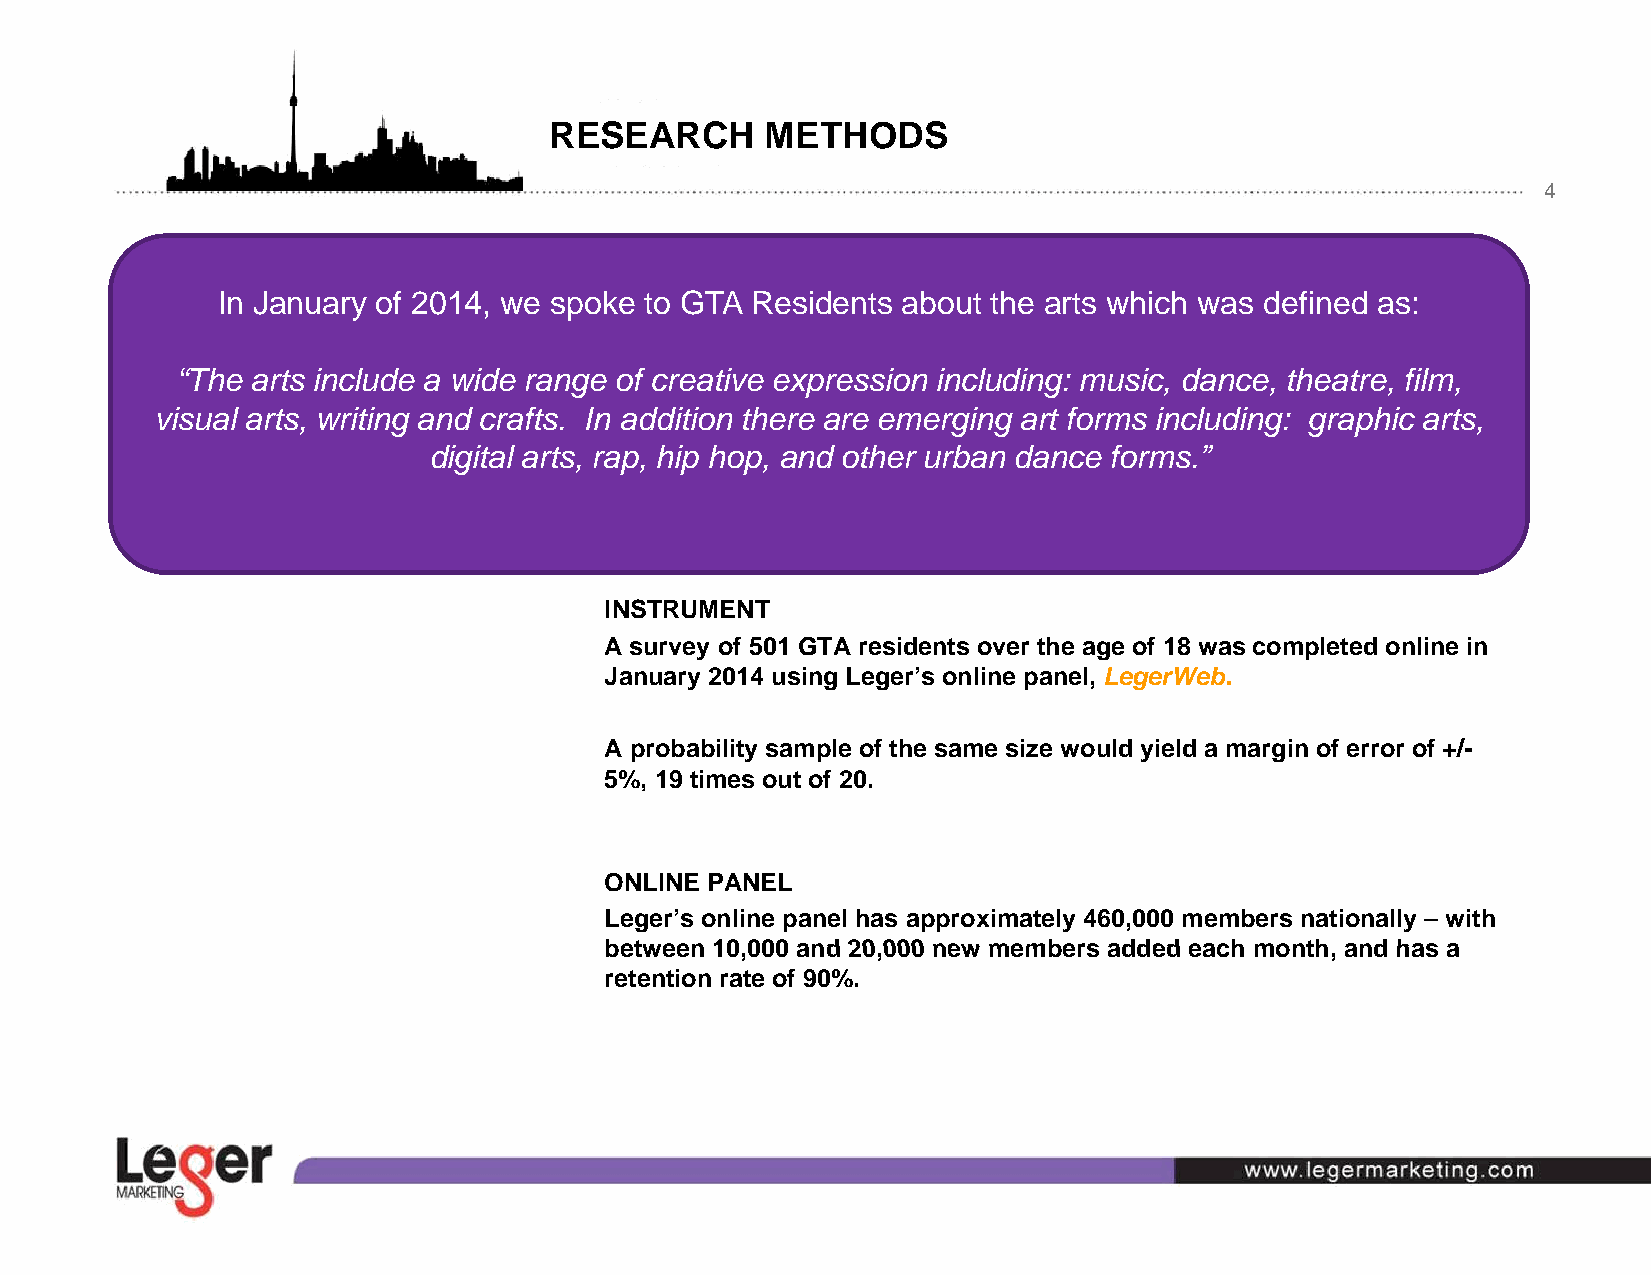
RESEARCH       METHODS
 4
 In January of 2014, we spoke to GTA Residents about the arts which was defined as:
 “The arts include a wide range of creative expression including: music, dance, theatre, film,
 visual arts, writing and crafts. In addition there are emerging art forms including: graphic arts,
 digital arts, rap, hip hop, and other urban dance forms.”
 INSTRUMENT
 AA survey off 550011 GGTTAA resiiddentts over tthhe age off 1188 was compllettedd onlliine iin
 January 2014 using Leger’s online panel, LegerWeb.
 A probability sample of the same size would yield a margin of error of +/-
 5%, 19 times out of 20.
 ONLINE PANEL
 Leger’s online panel has approximately 460,000 members nationally – with
 bbeettwweeeenn 1100,000000 aanndd 2200,000000 nneeww mmeemmbbeerrss aaddddeedd eeaacchh mmoonntthh, aanndd hhaass aa
 retention rate of 90%.